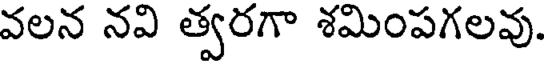
వలన నవి త్వరగా శమింపగలవు.